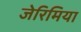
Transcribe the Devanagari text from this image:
जेरिमिया